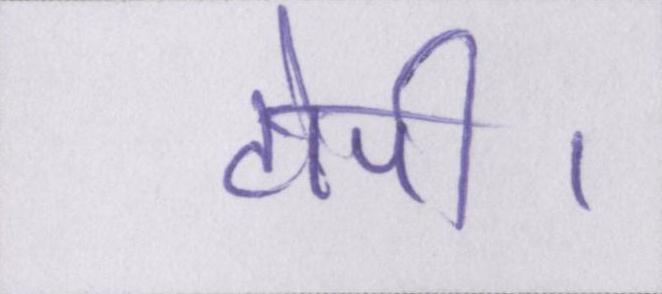
टोपी।